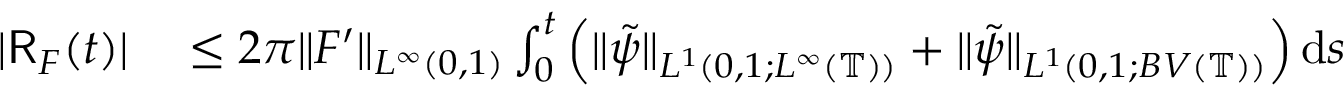
\begin{array} { r l } { | \mathsf { R } _ { F } ( t ) | } & { { } \leq 2 \pi \| F ^ { \prime } \| _ { L ^ { \infty } ( 0 , 1 ) } \int _ { 0 } ^ { t } \left( \| \tilde { \psi } \| _ { L ^ { 1 } ( 0 , 1 ; L ^ { \infty } ( \mathbb { T } ) ) } + \| \tilde { \psi } \| _ { L ^ { 1 } ( 0 , 1 ; B V ( \mathbb { T } ) ) } \right) \mathrm { d } s } \end{array}